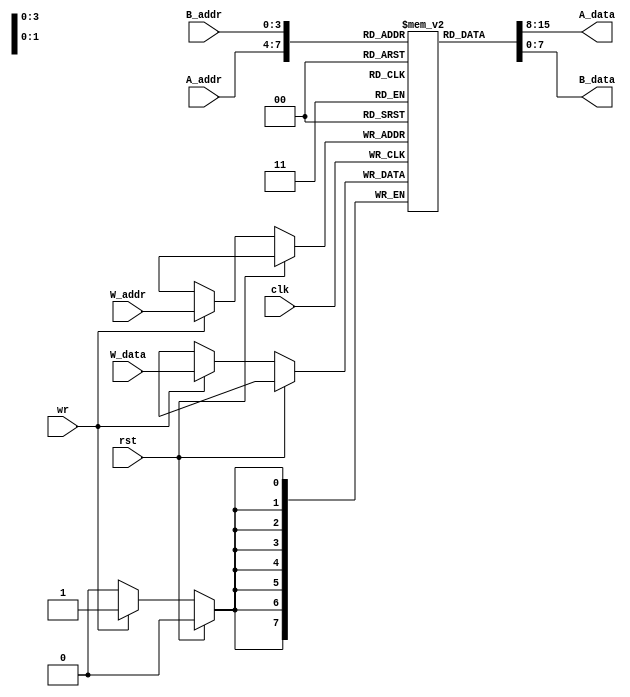
`timescale 1ns / 1ps
//////////////////////////////////////////////////////////////////////////////////
// Company: 
// Engineer: 
// 
// Design Name: 
// Module Name: regFile
// Project Name: 
// Target Devices: 
// Tool Versions: 
// Description: 
// 
// Dependencies: 
// 
// Revision:
// Revision 0.01 - File Created
// Additional Comments:
// 
//////////////////////////////////////////////////////////////////////////////////


module regFile
(clk, rst, A_data, B_data, W_data, A_addr, B_addr, W_addr, wr);
input clk, rst;
output[7:0] A_data, B_data;
input[7:0] W_data;
input[3:0] A_addr, B_addr, W_addr;
input wr;
// declaring array of 16 8-bit registers - Register File
reg[7:0] RegFile[0:15]; 
// Reading registers
assign A_data = RegFile[A_addr];
assign B_data = RegFile[B_addr];
// Writing to a register
always @ (posedge clk) begin
if(!rst)
 if(wr)
RegFile[W_addr] <= W_data;
// writing W_data to register number W_addr
end
endmodule